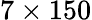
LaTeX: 7\times 150